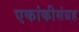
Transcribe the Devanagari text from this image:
एकांकीसंग्रह